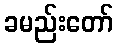
ခမည်းတော်